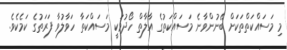
މި މަސައްކަތްތަކަށް ބޭނުންވާނެ މަސައްކަތުގެ އާލާތް ހޯދުމަކީ މަސައްކަތާ ހަވާލުވާ ފަރަތުގެ ކަމެކެވެ.